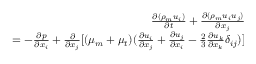
\begin{array} { r } { \frac { \partial ( \rho _ { m } u _ { i } ) } { \partial t } + \frac { \partial ( \rho _ { m } u _ { i } u _ { j } ) } { \partial x _ { j } } } \\ { = - \frac { \partial p } { \partial x _ { i } } + \frac { \partial } { \partial x _ { j } } [ ( \mu _ { m } + \mu _ { t } ) ( \frac { \partial u _ { i } } { \partial x _ { j } } + \frac { \partial u _ { j } } { \partial x _ { i } } - \frac { 2 } { 3 } \frac { \partial u _ { k } } { \partial x _ { k } } \delta _ { i j } ) ] } \end{array}